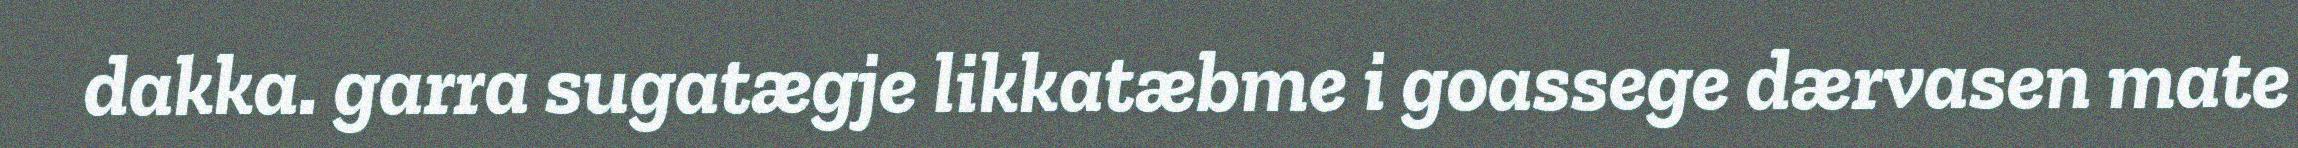
dakka. garra sugatægje likkatæbme i goassege dærvasen mate